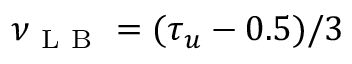
\nu _ { \mathrm { ~ L ~ B ~ } } = ( \tau _ { u } - 0 . 5 ) / 3